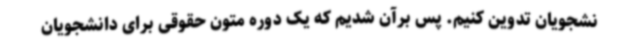
نشجویان تدوین کنیم. پس برآن شدیم که یک دوره متون حقوقی برای دانشجویان